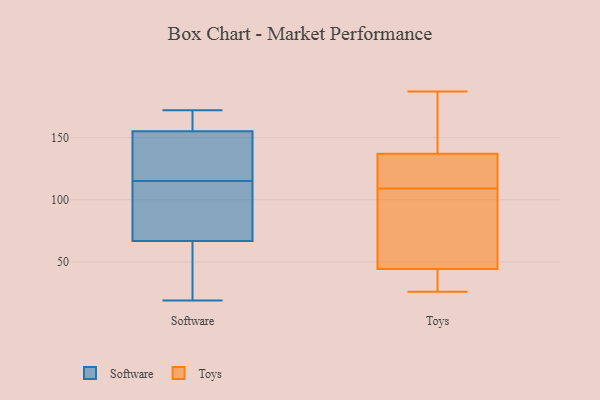
{"axis": {"x": "Conversion Rate (%)", "y": "Value"}, "legend": ["Software", "Toys"], "data": [{"x": "", "y": 42, "type": "Software"}, {"x": "", "y": 167, "type": "Software"}, {"x": "", "y": 115, "type": "Software"}, {"x": "", "y": 75, "type": "Software"}, {"x": "", "y": 151, "type": "Software"}, {"x": "", "y": 30, "type": "Software"}, {"x": "", "y": 99, "type": "Software"}, {"x": "", "y": 145, "type": "Software"}, {"x": "", "y": 94, "type": "Software"}, {"x": "", "y": 172, "type": "Software"}, {"x": "", "y": 143, "type": "Software"}, {"x": "", "y": 170, "type": "Software"}, {"x": "", "y": 19, "type": "Software"}, {"x": "", "y": 125, "type": "Toys"}, {"x": "", "y": 146, "type": "Toys"}, {"x": "", "y": 93, "type": "Toys"}, {"x": "", "y": 134, "type": "Toys"}, {"x": "", "y": 32, "type": "Toys"}, {"x": "", "y": 30, "type": "Toys"}, {"x": "", "y": 187, "type": "Toys"}, {"x": "", "y": 44, "type": "Toys"}, {"x": "", "y": 119, "type": "Toys"}, {"x": "", "y": 26, "type": "Toys"}, {"x": "", "y": 109, "type": "Toys"}, {"x": "", "y": 138, "type": "Toys"}, {"x": "", "y": 182, "type": "Toys"}, {"x": "", "y": 45, "type": "Toys"}, {"x": "", "y": 63, "type": "Toys"}]}